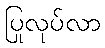
ပြုလုပ်လာ